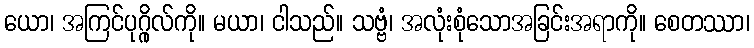
ယော၊ အကြင်ပုဂ္ဂိုလ်ကို။ မယာ၊ ငါသည်။ သဗ္ဗံ၊ အလုံးစုံသောအခြင်းအရာကို။ စေတဿာ၊